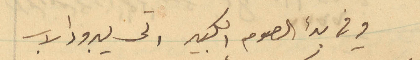
وفي بدء الصوم الكبير اتى يبرود الاب